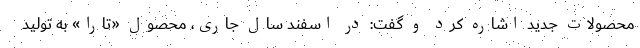
محصولات جدید اشاره کرد و گفت: در اسفند سال جاری، محصول «تارا» به تولید